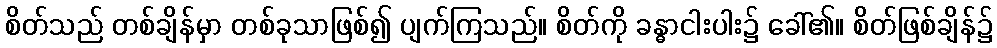
စိတ်သည် တစ်ချိန်မှာ တစ်ခုသာဖြစ်၍ ပျက်ကြသည်။ စိတ်ကို ခန္ဓာငါးပါး၌ ခေါ်၏။ စိတ်ဖြစ်ချိန်၌